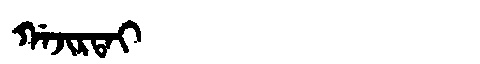
Manchu: ᡤᠠᠵᡳᡵᡨᠠᡳ
Romanization: GAJIRTAI